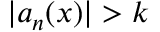
| a _ { n } ( x ) | > k